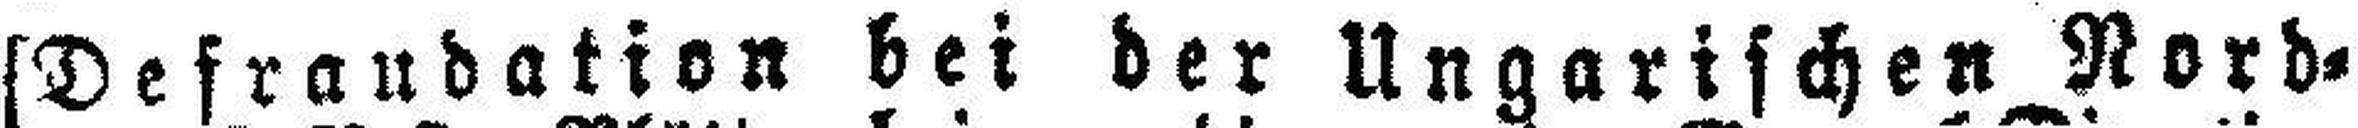
[Defraudation bei der Ungarischen Nord¬